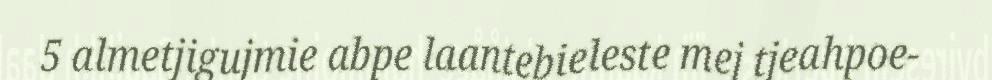
5 almetjigujmie abpe laantebieleste mej tjeahpoe-